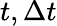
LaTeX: t,\Delta t